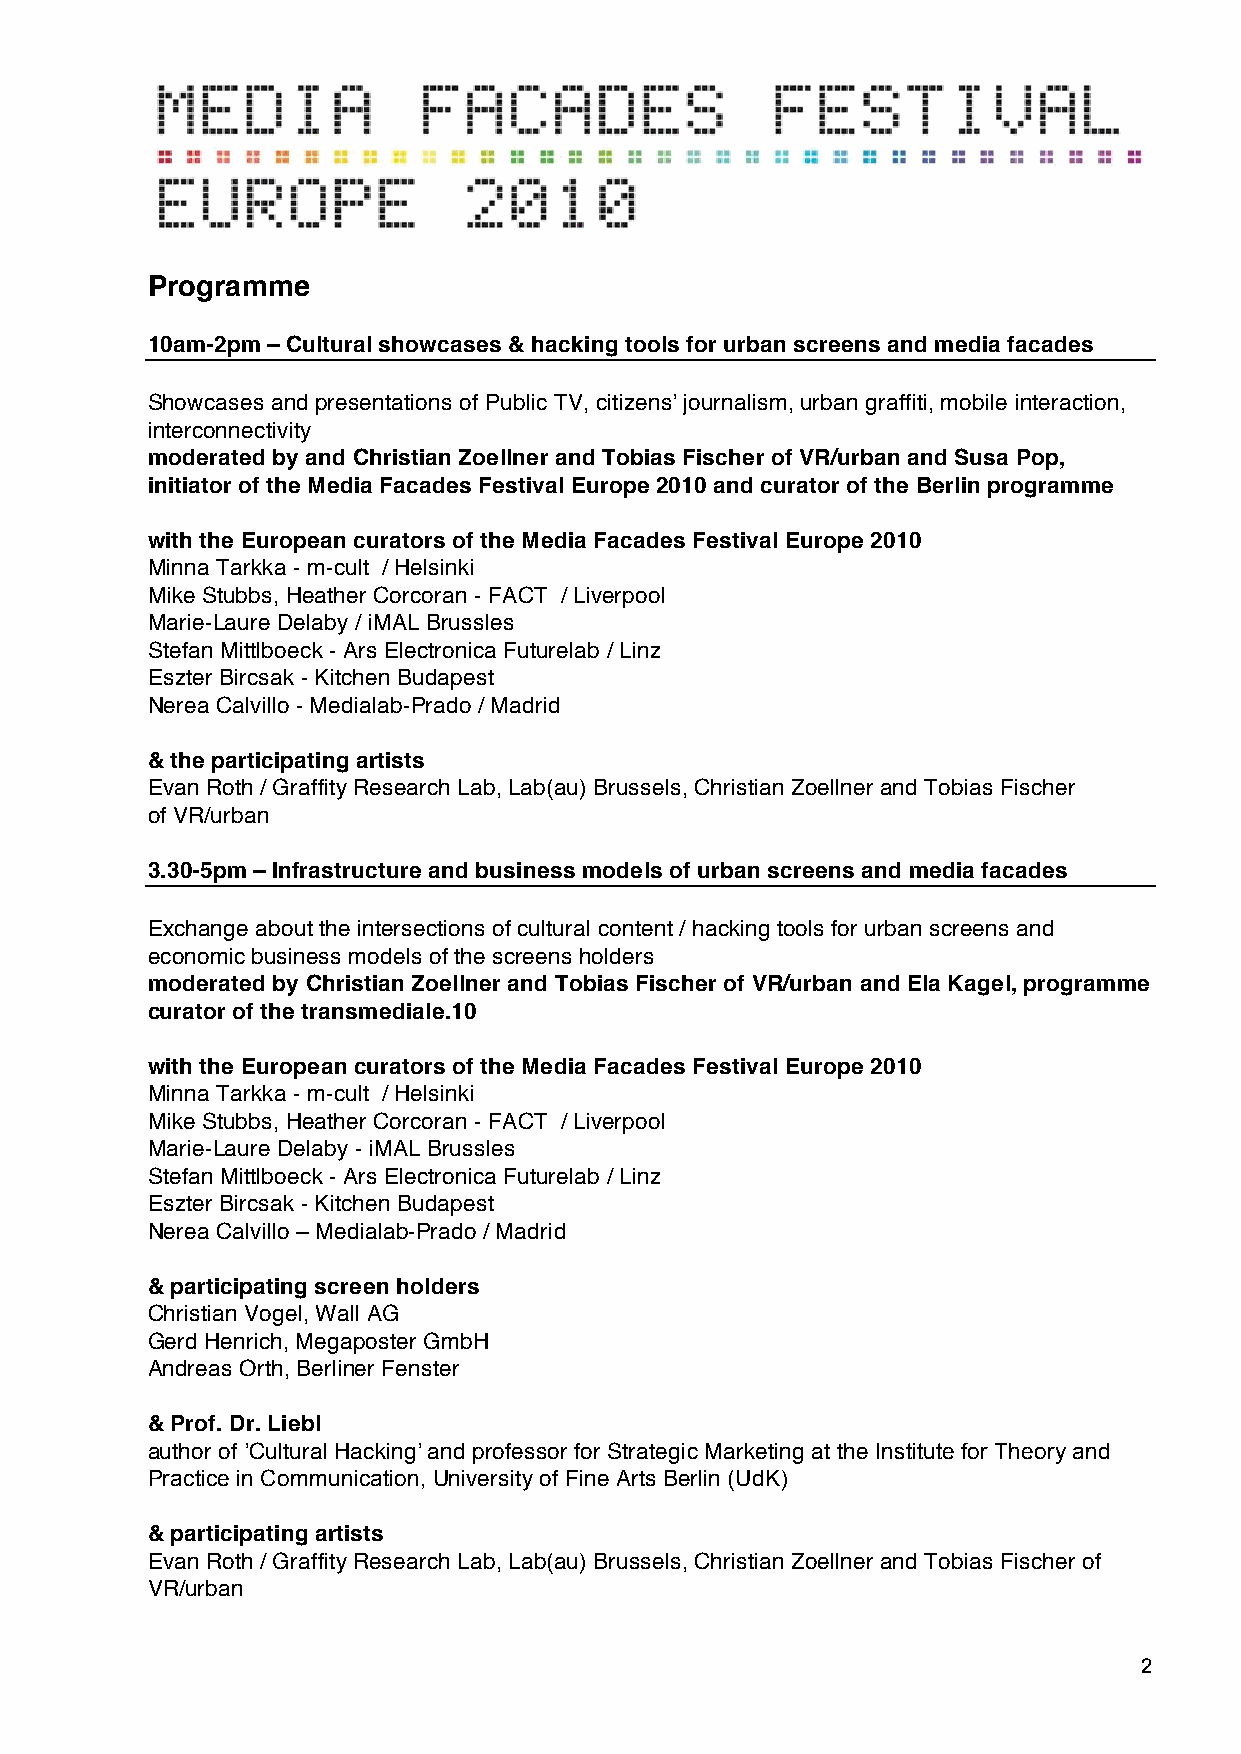
Programme
 10am-2pm – Cultural showcases & hacking tools for urban screens and media facades
 Showcases and presentations of Public TV, citizens! journalism, urban graffiti, mobile interaction,
 interconnectivity
 moderated by and Christian Zoellner and Tobias Fischer of VR/urban and Susa Pop,
 initiator of the Media Facades Festival Europe 2010 and curator of the Berlin programme
 with the European curators of the Media Facades Festival Europe 2010
 Minna Tarkka - m-cult / Helsinki
 Mike Stubbs, Heather Corcoran - FACT / Liverpool
 Marie-Laure Delaby / iMAL Brussles
 Stefan Mittlboeck - Ars Electronica Futurelab / Linz
 Eszter Bircsak - Kitchen Budapest
 Nerea Calvillo - Medialab-Prado / Madrid
 & the participating artists
 Evan Roth / Graffity Research Lab, Lab(au) Brussels, Christian Zoellner and Tobias Fischer
 of VR/urban
 3.30-5pm – Infrastructure and business models of urban screens and media facades
 Exchange about the intersections of cultural content / hacking tools for urban screens and
 economic business models of the screens holders
 moderated by Christian Zoellner and Tobias Fischer of VR/urban and Ela Kagel, programme
 curator of the transmediale.10
 with the European curators of the Media Facades Festival Europe 2010
 Minna Tarkka - m-cult / Helsinki
 Mike Stubbs, Heather Corcoran - FACT / Liverpool
 Marie-Laure Delaby - iMAL Brussles
 Stefan Mittlboeck - Ars Electronica Futurelab / Linz
 Eszter Bircsak - Kitchen Budapest
 Nerea Calvillo – Medialab-Prado / Madrid
 & participating screen holders
 Christian Vogel, Wall AG
 Gerd Henrich, Megaposter GmbH
 Andreas Orth, Berliner Fenster
 & Prof. Dr. Liebl
 author of !Cultural Hacking! and professor for Strategic Marketing at the Institute for Theory and
 Practice in Communication, University of Fine Arts Berlin (UdK)
 & participating artists
 Evan Roth / Graffity Research Lab, Lab(au) Brussels, Christian Zoellner and Tobias Fischer of
 VR/urban
 2